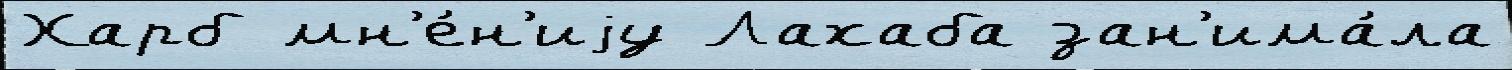
Харб мн'е́н'иjу Лахаба зан'има́ла